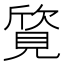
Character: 𬢀